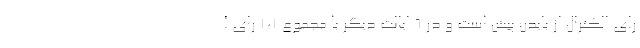
رای الکترال از بایدن پیش است و در 6 ایالت دیگر با مجموع 101 رای ا